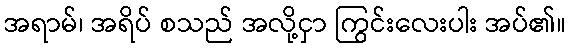
အရာမ်၊ အရိပ် စသည် အလို့ငှာ ကြွင်းလေးပါး အပ်၏။